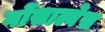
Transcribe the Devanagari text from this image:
गोंसाल्वेस